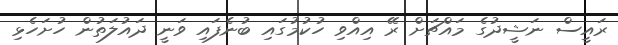
ރައީސް ނަޝީދުގެ މައްޗަށް ރޭ އިއްވި ހުކުމުގައި ބުނެފައި ވަނީ ދައުލަތުން ހުށަހެޅި